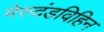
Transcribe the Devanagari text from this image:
मेरुदंडविहिन